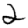
Digit: 2